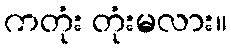
ကတုံး တုံးမလား။